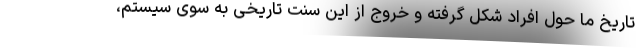
تاریخِ ما حولِ افراد شکل گرفته و خروج از این سنتِ تاریخی به سوی سیستم،